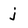
Character: j